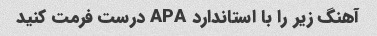
آهنگ زیر را با استاندارد APA درست فرمت کنید